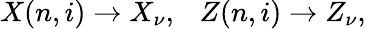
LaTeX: X(n,i)\to X_{\nu},~~~Z(n,i)\to Z_{\nu},